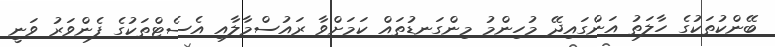
ބޭންކުތަކުގެ ހާލަތު އަންގައިދޭ މުހިންމު މިންގަނޑުތައް ކަމަށްވާ ރައުސްމާލާއި އެސެޓްތަކުގެ ފެންވަރު ވަނީ